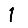
Digit: 1